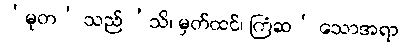
‘မုတ’ သည် ‘သိ၊ မှတ်ထင်၊ ကြံဆ’ သောအရာ